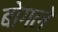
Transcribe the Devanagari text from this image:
बोगले